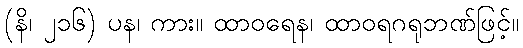
(နိ၊ ၂၁၆) ပန၊ ကား။ ထာဝရေန၊ ထာဝရဂရုဘဏ်ဖြင့်။